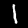
Digit: 1